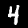
Label: 4